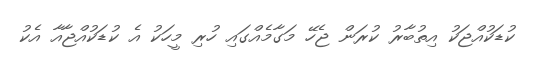
ކުޑަކުއްޖަކު އިތުބާރު ކުރަން ޖެހޭ މަގާމެއްގައި ހުރި މީހަކު އެ ކުޑަކުއްޖާއާ އެކު